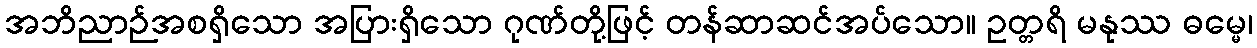
အဘိညာဉ်အစရှိသော အပြားရှိသော ဂုဏ်တို့ဖြင့် တန်ဆာဆင်အပ်သော။ ဥတ္တရိ မနုဿ ဓမ္မေ၊